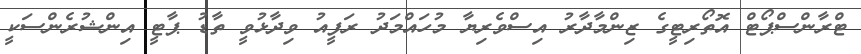
ޓްރާންސްޕޯޓް އޮތޯރިޓީގެ ޒިންމާދާރު އިސްވެރިޔާ މުހައްމަދު ރަފީއު ވިދާޅުވީ ތާޑު ޕާޓީ އިންޝުރެންސަކީ